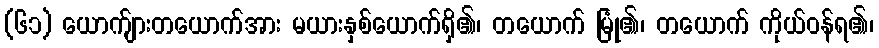
(၆၁) ယောက်ျားတယောက်အား မယားနှစ်ယောက်ရှိ၏၊ တယောက် မြုံ၏၊ တယောက် ကိုယ်ဝန်ရ၏၊